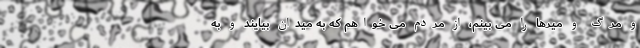
و مرگ و میرها را می بینم، از مردم می خواهم که به میدان بیایند و به